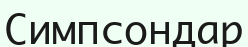
Симпсондар